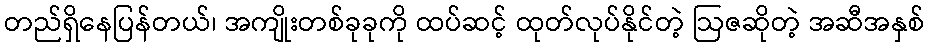
တည်ရှိနေပြန်တယ်၊ အကျိုးတစ်ခုခုကို ထပ်ဆင့် ထုတ်လုပ်နိုင်တဲ့ ဩဇဆိုတဲ့ အဆီအနှစ်